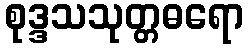
စုဒ္ဒသသုတ္တဓရော